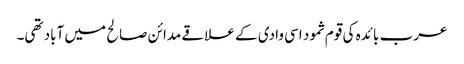
عرب بائدہ کی قوم ثمود اسی وادی کے علاقے مدائن صالح میں آباد تھی۔